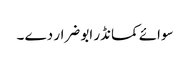
سوائے کمانڈر ابو ضرار دے ۔